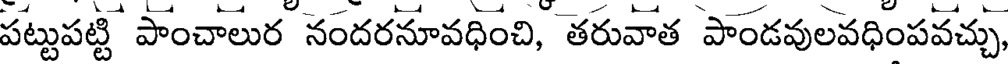
పట్టుపట్టి పాంచాలుర నందరనూవధించి, తరువాత పాండవులవధింపవచ్చు,